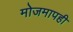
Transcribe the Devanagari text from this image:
मोजमापही